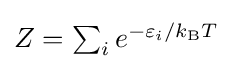
{\textstyle Z=\sum _{i}e^{-\varepsilon _{i}/k_{\text{B}}T}}